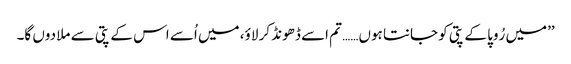
’’میں رُوپا کے پتی کو جانتا ہوں…… تم اسے ڈھونڈ کر لاؤ، میں اُسے اس کے پتی سے ملا دوں گا۔